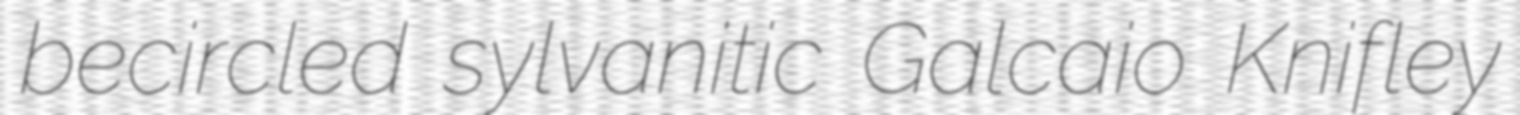
becircled sylvanitic Galcaio Knifley